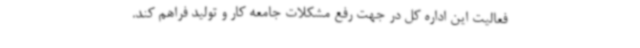
فعالیت این اداره کل در جهت رفع مشکلات جامعه کار و تولید فراهم کند.